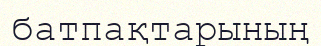
батпақтарының